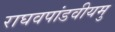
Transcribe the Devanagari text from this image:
राघवपांडवीयमु